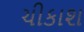
ચીકાશ